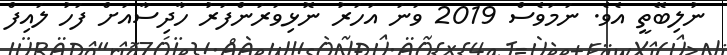
ނުލިބޭތީ އެވެ. ނަމަވެސް 2019 ވަނަ އަހަރު ނޮޅިވަރަންފަރު ހާދިސާއަށް ފަހު ލައިފް